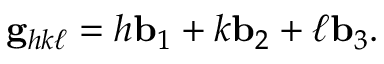
\mathbf { g } _ { h k \ell } = h \mathbf { b } _ { 1 } + k \mathbf { b } _ { 2 } + \ell \mathbf { b } _ { 3 } .